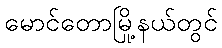
မောင်တောမြို့နယ်တွင်